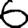
Digit: 6